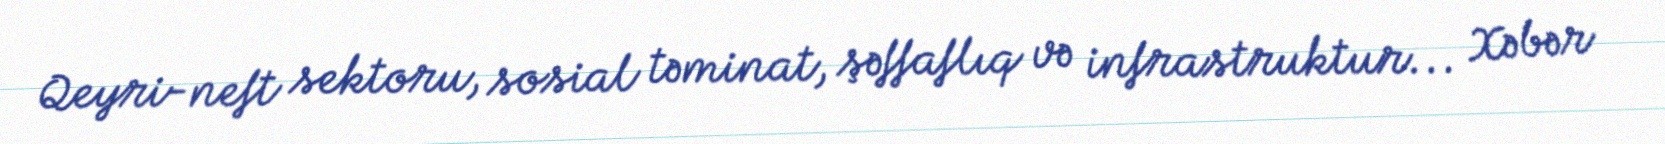
Qeyri-neft sektoru, sosial təminat, şəffaflıq və infrastruktur... Xəbər